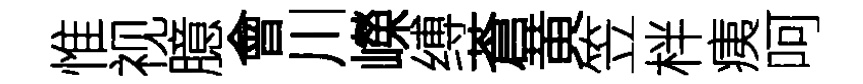
惟视臆會川嶸缚蒼黄笠柈痍呵